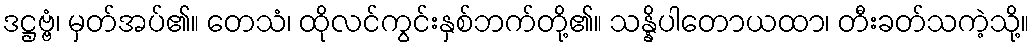
ဒဋ္ဌဗ္ဗံ၊ မှတ်အပ်၏။ တေသံ၊ ထိုလင်ကွင်းနှစ်ဘက်တို့၏။ သန္နိပါတောယထာ၊ တီးခတ်သကဲ့သို့။